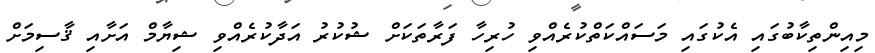
މިއިންތިކާބުގައި އެކުގައި މަސައްކަތްކުރެއްވި ހުރިހާ ފަރާތަކަށް ޝުކުރު އަދާކުރެއްވި ޝިޔާމް އަށާއި ޤާސިމަށް